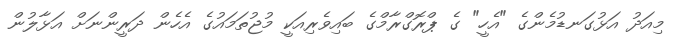
މިއަދު އަޅުގަނޑުމެންގެ "އެހީ" ގެ ޕްރޮގްރާމްގެ ބައިވެރިއަކީ މުޖުތަމައުގެ އެހެން ދަރީންނަށް އަޅާލުން